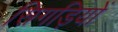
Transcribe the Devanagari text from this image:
सिगड़ियों